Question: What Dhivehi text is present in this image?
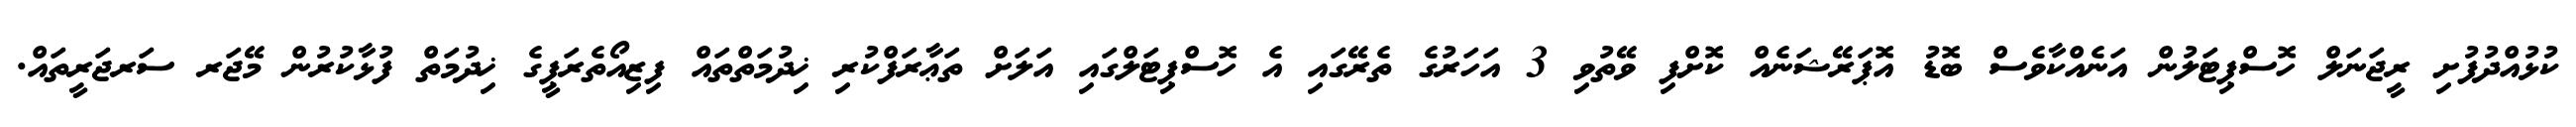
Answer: ކުޅުއްދުފުށި ރީޖަނަލް ހޮސްޕިޓަލުން އަނެއްކާވެސް ބޮޑު އޮޕަރޭޝަނެއް ކޮށްފި ވޭތުވި 3 އަހަރުގެ ތެރޭގައި އެ ހޮސްޕިޓަލްގައި އަލަށް ތަޢާރަފްކުރި ޚިދުމަތްތައް ފިޒިއޯތެރަޕީގެ ޚިދުމަތް ފުޅާކުރުން މޭޖަރ ސަރޖަރީތައް.